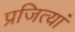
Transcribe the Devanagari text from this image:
प्रजित्यां